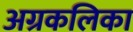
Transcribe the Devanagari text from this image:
अग्रकलिका